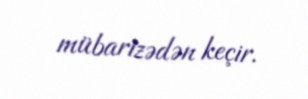
mübarizədən keçir.